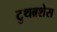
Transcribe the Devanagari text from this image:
टुथब्रशेस